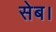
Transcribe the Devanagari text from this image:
सेब।